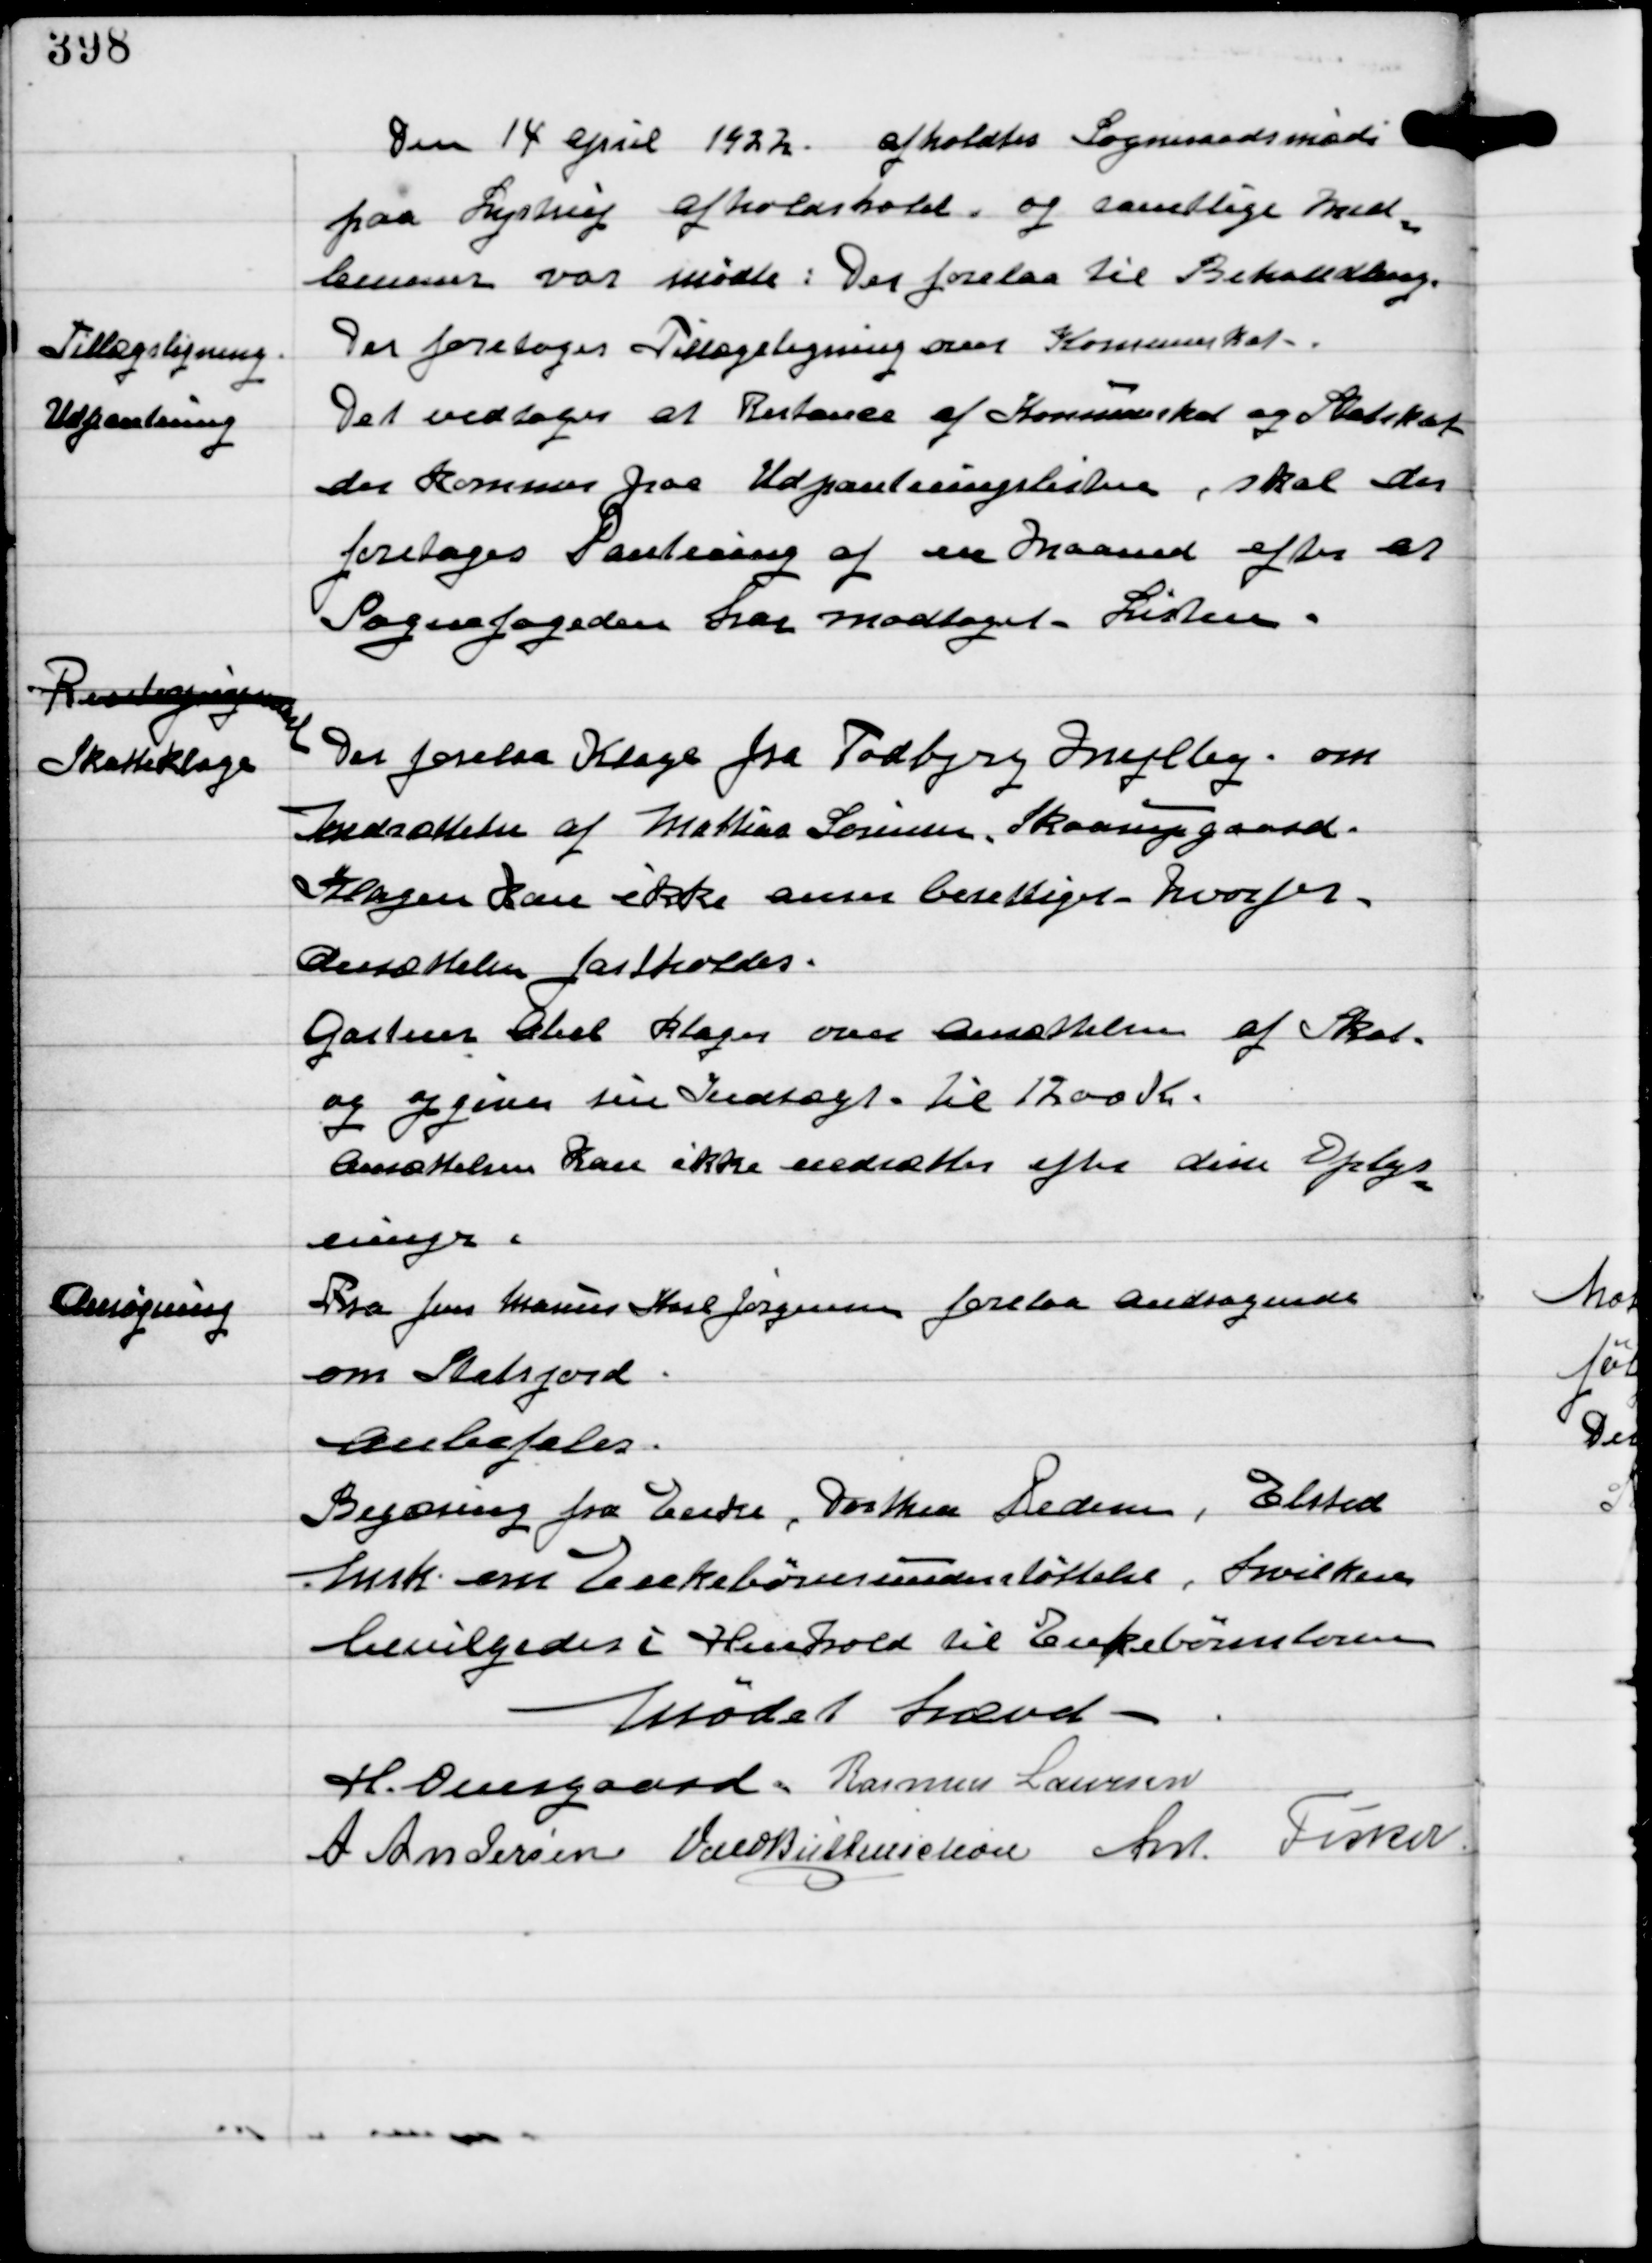
Transskription:
Den 14 April 1922 afholdtes Sogneraadsmøde
paa Lystrup Afholdshotel, og samtlige Med-
lemmer var mødte: Der forelaa til Behandling

Tillægsligning

Der foretoges Tillægsligning over Komuneskat

Udpantning

Det vedtoges at Restance af Komuneskat og Statskat
der kommer paa Udpantningslisten, skal der
foretages Pantning af en Maaned efter at
Sognefogeden har modtaget Listen.

Restaxxxxx
Skatteklage

Der forelaa Klager fra Todbjerg Mejlby om
Indsættelse af Mathias Sørensen, Skaarupgaard.
Klagen kan ikke anses berettiget - hvorfor
Ansættelsen fastholdes.
Gartner Abel klager over Ansættelsen af Skat
og opgiver sin Indtægt til 1200 Kr.
Ansættelsen kan ikke nedsættes efter disse Oplys-
ninger.

Ansøgning

Fra Jens Marius Karl Jørgensen forelaa andragende
om Statsjord
Anbefales.

Begæring fra Enke, Dorthea Pedersen, Elsted
Insk om Enkebørnsunderstøttelse, hvilken
bevilligedes i Henhold til Enkebørnsloven

Mødet hævet
H Overgaard Rasmus Laursen
A Andersen Vald Buttenschøn Ant Fisker